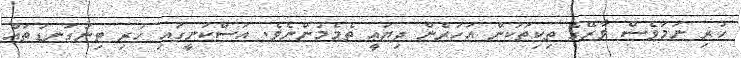
ހުރި ނަމަވެސް ވާރޭގެ ތިކިތަކުން އަހަރެން ދިޔައީ ތެމެމުންނެވެ. އަސްކަނީގައި ހުރި ޓިނުގަނޑުތައް